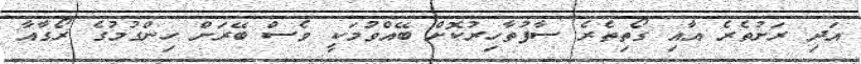
އަދި ރަށުތެރެ އާއި ގޯތިތެރެ ސާފުތާހިރުކޮށް ބޭއްވުމަކީ ވެސް ބޭރަށް ހިންގުމުގެ ރޯގާއާ